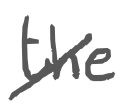
Text: the
Cross-out: diagonal
Writing tool: digital_gray